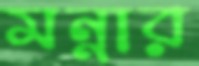
মন্নার